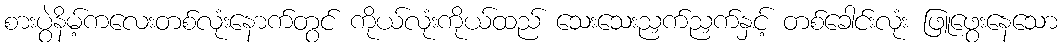
စားပွဲနိမ့်ကလေးတစ်လုံးနောက်တွင် ကိုယ်လုံးကိုယ်ထည် သေးသေးညှက်ညှက်နှင့် တစ်ခေါင်းလုံး ဖြူဖွေးနေသော